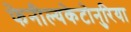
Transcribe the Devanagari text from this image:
फेनील्यकेटोनुरिया